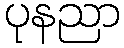
ပုနညာ